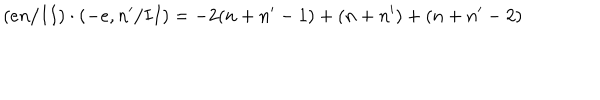
( e n / I I ) \cdot ( - e , n ^ { \prime } / I I ) = - 2 ( n + n ^ { \prime } - 1 ) + ( n + n ^ { \prime } ) + ( n + n ^ { \prime } - 2 )